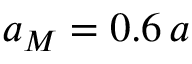
a _ { M } = 0 . 6 \, a